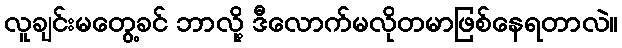
လူချင်းမတွေ့ခင် ဘာလို့ ဒီလောက်မလိုတမာဖြစ်နေရတာလဲ။